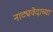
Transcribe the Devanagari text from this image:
नाट्यवेदाच्या